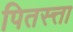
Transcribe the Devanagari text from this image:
पितस्त्ता